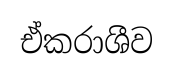
ඒකරාශීව